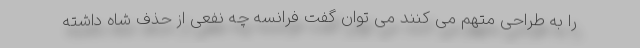
را به طراحی متهم می کنند می توان گفت فرانسه چه نفعی از حذف شاه داشته